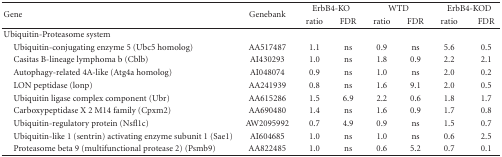
| <ROWSPAN=2> Gene | <ROWSPAN=2> Genebank | <COLSPAN=2> ErbB4-KO | <COLSPAN=2> WTD | <COLSPAN=2> ErbB4-KOD |
 | ratio | FDR | ratio | FDR | ratio | FDR |
 | --- | --- | --- | --- | --- | --- | --- | --- |
 | Ubiquitin-Proteasome system |  |  |  |  |  |  |  |
 | Ubiquitin-conjugating enzyme 5 (Ubc5 homolog) | AA517487 | 1.1 | ns | 0.9 | ns | 5.6 | 0.5 |
 | Casitas B-lineage lymphoma b (Cblb) | AI430293 | 1.0 | ns | 1.8 | 0.9 | 2.2 | 2.1 |
 | Autophagy-related 4A-like (Atg4a homolog) | AI048074 | 0.9 | ns | 1.0 | ns | 2.0 | 0.2 |
 | LON peptidase (lonp) | AA241939 | 0.8 | ns | 1.6 | 9.1 | 2.0 | 0.5 |
 | Ubiquitin ligase complex component (Ubr) | AA615286 | 1.5 | 6.9 | 2.2 | 0.6 | 1.8 | 1.7 |
 | Carboxypeptidase X 2 M14 family (Cpxm2) | AA690480 | 1.4 | ns | 1.6 | 0.9 | 1.7 | 0.8 |
 | Ubiquitin-regulatory protein (Nsfl1c) | AW2095992 | 0.7 | 4.9 | 0.9 | ns | 1.5 | 0.7 |
 | Ubiquitin-like 1 (sentrin) activating enzyme subunit 1 (Sae1) | AI604685 | 1.0 | ns | 1.0 | ns | 0.6 | 2.5 |
 | Proteasome beta 9 (multifunctional protease 2) (Psmb9) | AA822485 | 1.0 | ns | 0.6 | 5.2 | 0.7 | 0.1 |